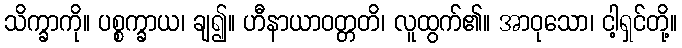
သိက္ခာကို။ ပစ္စက္ခာယ၊ ချ၍။ ဟီနာယာဝတ္တတိ၊ လူထွက်၏။ အာဝုသော၊ ငါ့ရှင်တို့။